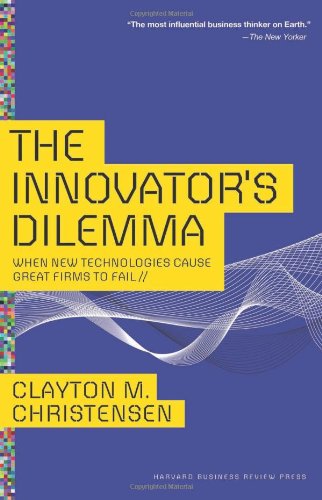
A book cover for The Innovator's Dilemma: When New Technologies Cause Great Firms to Fail (Management of Innovation and Change); Clayton M. Christensen; Business & Money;